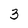
Character: 3